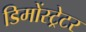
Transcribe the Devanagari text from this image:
डिमोंस्ट्रेटर